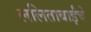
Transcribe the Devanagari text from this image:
ललिताबाईंचे